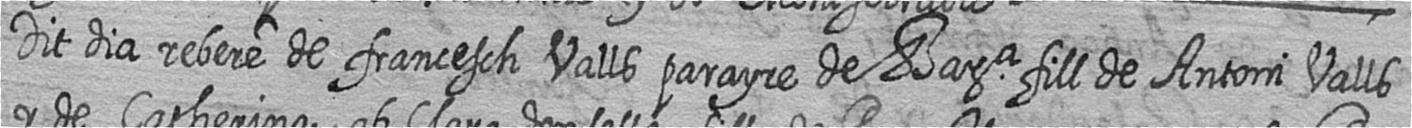
Dit dia rebere de francesch Valls parayre de Bara fill de Antoni Valls